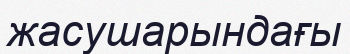
жасушарындағы